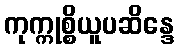
ကုက္ကုစ္စိယူပဆိန္ဒေ